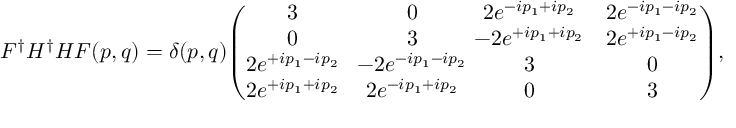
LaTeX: F ^ { \dagger } H ^ { \dagger } H F ( p , q ) = \delta ( p , q ) \! \left( \! \! \! \begin{array} { c c c c } { { 3 } } & { { \! 0 } } & { { \! \! \! \! 2 e ^ { - i p _ { 1 } + i p _ { 2 } } } } & { { 2 e ^ { - i p _ { 1 } - i p _ { 2 } } } } \\ { { 0 } } & { { \! 3 } } & { { \! \! \! \! - 2 e ^ { + i p _ { 1 } + i p _ { 2 } } } } & { { 2 e ^ { + i p _ { 1 } - i p _ { 2 } } } } \\ { { 2 e ^ { + i p _ { 1 } - i p _ { 2 } } } } & { { \! - 2 e ^ { - i p _ { 1 } - i p _ { 2 } } } } & { { \! \! \! \! 3 } } & { { 0 } } \\ { { 2 e ^ { + i p _ { 1 } + i p _ { 2 } } } } & { { \! 2 e ^ { - i p _ { 1 } + i p _ { 2 } } } } & { { \! \! \! \! 0 } } & { { 3 } } \end{array} \! \! \! \right) \! ,